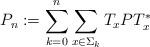
LaTeX: \begin{align*}P_n:=\sum_{k=0}^n\sum_{x\in \Sigma_k} T_xPT_x^*\end{align*}